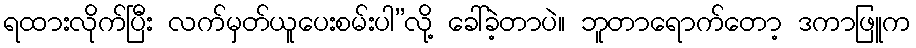
ရထားလိုက်ပြီး လက်မှတ်ယူပေးစမ်းပါ”လို့ ခေါ်ခဲ့တာပဲ။ ဘူတာရောက်တော့ ဒကာဖြူက